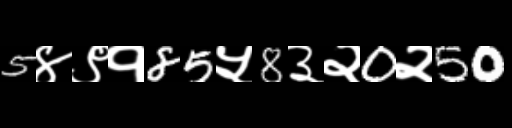
Text: 5४९१85५8३२0२50